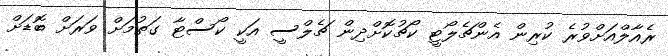
ރެއާލްއަށްވުރެ ކުރިން އެންޗެލޯޓީ ކޯޗުކޮށްދިން ޗެލްސީ އަކީ ކޯސްޓާ ގަތުމަށް ވަރަށް ބޮޑަށް